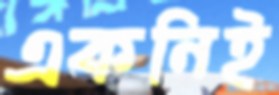
একনিই